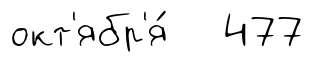
окт'ябр'я́ 477